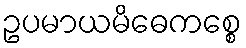
ဥပမာယမိဓေကစ္စေ